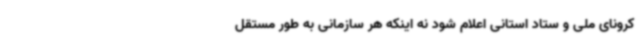
کرونای ملی و ستاد استانی اعلام شود نه اینکه هر سازمانی به طور مستقل